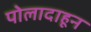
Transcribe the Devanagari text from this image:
पोलादाहून